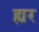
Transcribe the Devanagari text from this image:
ह्यर